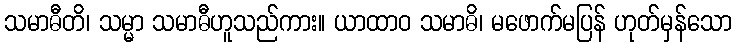
သမာဓီတိ၊ သမ္မာ သမာဓီဟူသည်ကား။ ယာထာဝ သမာဓိ၊ မဖောက်မပြန် ဟုတ်မှန်သော